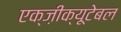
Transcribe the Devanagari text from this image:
एक्ज़ीक्यूटेबल